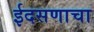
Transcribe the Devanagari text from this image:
ईदसणाचा